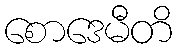
စောဒေမီတိ